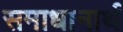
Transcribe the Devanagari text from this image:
समाधानार्थ